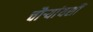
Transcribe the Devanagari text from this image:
चौऱ्यांयशीं